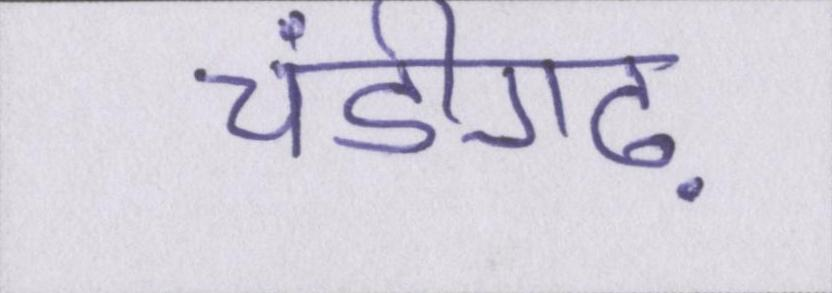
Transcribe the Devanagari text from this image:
चंडीगढ़